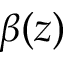
\beta ( z )